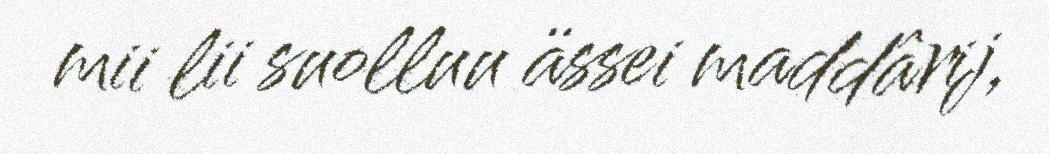
mii lii suolluu ässei maddârij,